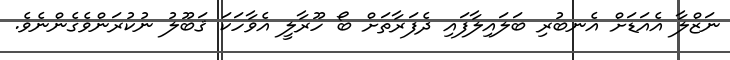
ނަޒްލާ އެއަޑަށް އެނބުރި ބަލައިލާފައި ދެފަރާތަށް ބޯ ހޫރާލީ އެވާހަކަ ޤަބޫލު ނުކުރަންވެގެންނެވެ.